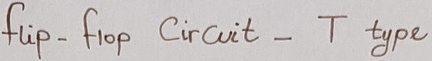
Text: flip-flop Circuit -T type